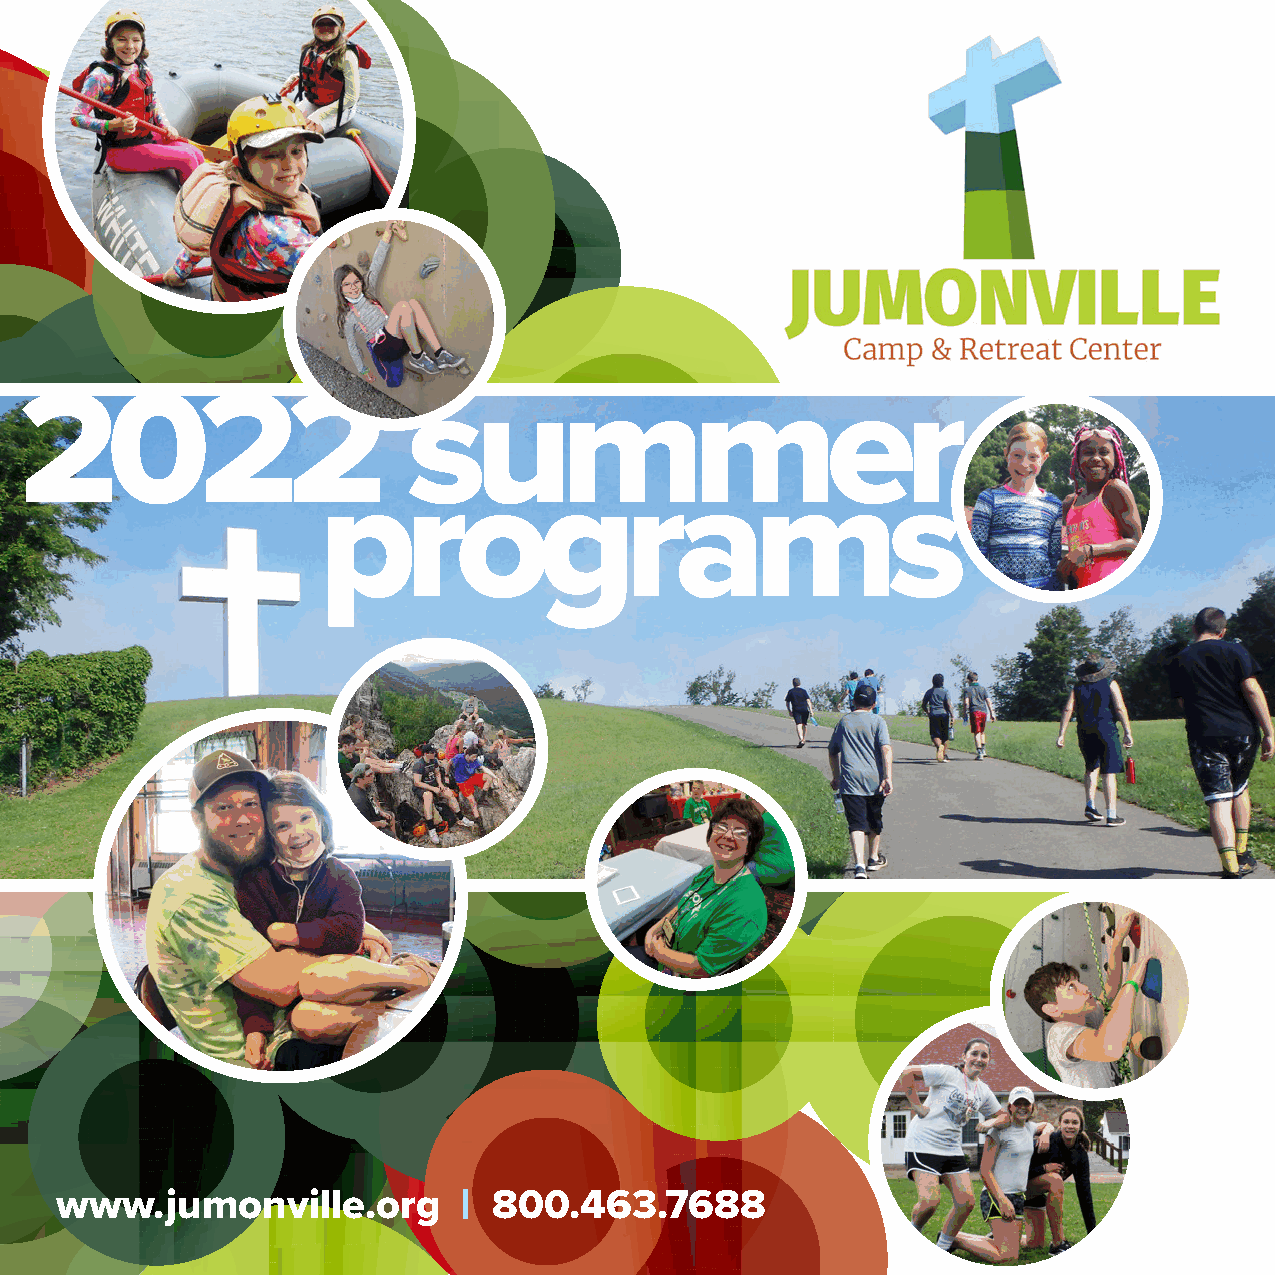
2022                      summer
 programs
 www.jumonville.org         | 800.463.7688